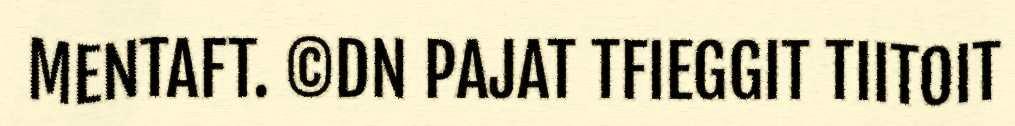
MENTAFT. ©DN PAJAT TFIEGGIT TIITOIT